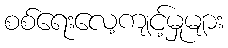
စစ်ရေးလေ့ကျင့်မှုများ